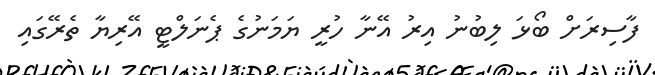
ފާސިރަށް ބޯޅަ ލިބުނު އިރު އޭނާ ހުރީ ޔަމަނުގެ ޕެނަލްޓީ އޭރިޔާ ތެރޭގައި